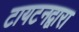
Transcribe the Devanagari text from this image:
टायटनद्वारा